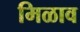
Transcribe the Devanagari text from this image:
मिळाव